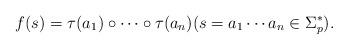
LaTeX: \begin{align*}f(s) = \tau(a_1) \circ \cdots \circ \tau(a_n) (s = a_1 \cdots a_n \in \Sigma_p^*).\end{align*}